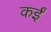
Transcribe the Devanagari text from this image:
कर्इं